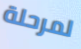
لمرحلة